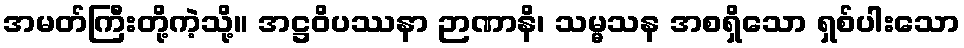
အမတ်ကြီးတို့ကဲ့သို့။ အဋ္ဌဝိပဿနာ ဉာဏာနိ၊ သမ္မသန အစရှိသော ရှစ်ပါးသော